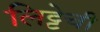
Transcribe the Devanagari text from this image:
लिट्टेची